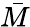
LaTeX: \bar{M}